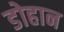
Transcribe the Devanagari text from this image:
डोहान